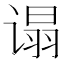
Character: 𬤕